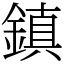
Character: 鎮